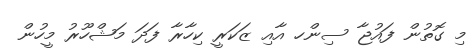
މި ގޮތުން ފައުޖާ ސިންހ އާއި ޒަކަރީ ކިހާރާ ފަދަ މަޝްހޫރު މީހުން